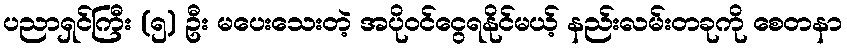
ပညာရှင်ကြီး (၅) ဦး မပေးသေးတဲ့ အပိုဝင်ငွေရနိုင်မယ့် နည်းလမ်းတခုကို စေတနာ